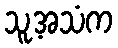
သူ့အသံက